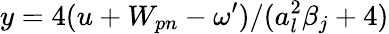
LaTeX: y=4(u+W_{pn}-\omega^{\prime})/(a_{l}^{2}\beta_{j}+4)